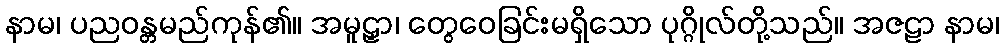
နာမ၊ ပညဝန္တမည်ကုန်၏။ အမူဠှာ၊ တွေဝေခြင်းမရှိသော ပုဂ္ဂိုလ်တို့သည်။ အဇဠာ နာမ၊